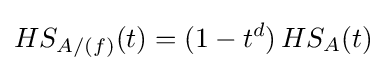
HS_{A/(f)}(t)=(1-t^{d})\,HS_{A}(t)